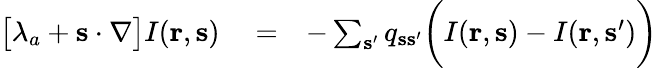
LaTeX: \begin{array}{rlr}{\big[\lambda_{a}+{\mathbf s}\cdot\nabla\big]I({\mathbf r},{\mathbf s})}&{{}=}&{-\sum_{{\mathbf s}^{\prime}}q_{{\mathbf s}{\mathbf s}^{\prime}}\bigg(I({\mathbf r},{\mathbf s})-I({\mathbf r},{\mathbf s}^{\prime})\bigg)}\end{array}